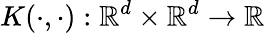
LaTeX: K(\cdot,\cdot):\mathbb{R}^{d}\times\mathbb{R}^{d}\rightarrow\mathbb{R}